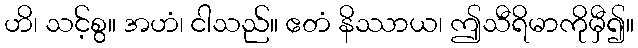
ဟိ၊ သင့်စွ။ အဟံ၊ ငါသည်။ ဧတံ နိဿာယ၊ ဤသီရိမာကိုမှီ၍။